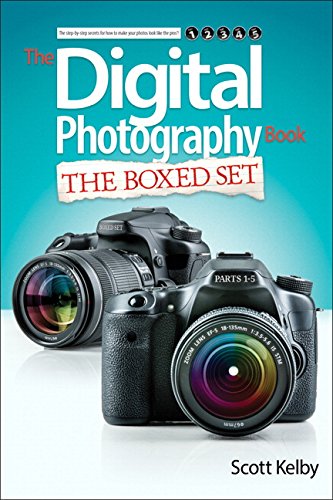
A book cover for Scott Kelby's Digital Photography Boxed Set, Parts 1, 2, 3, 4, and 5; Scott Kelby; Arts & Photography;